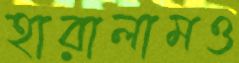
হারালামও